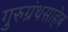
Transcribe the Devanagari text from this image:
गुरुग्रंथसाहेब